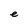
Character: e